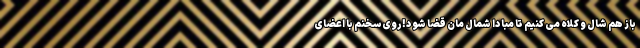
باز هم شال و کلاه می کنیم تا مبادا شمال مان قضا شود! روی سخنم با اعضای